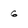
Character: G